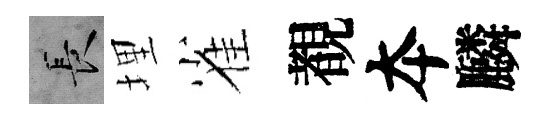
长埋雀覩夲麟